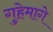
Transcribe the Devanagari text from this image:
गुहेमागे